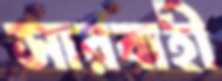
সারবাহী